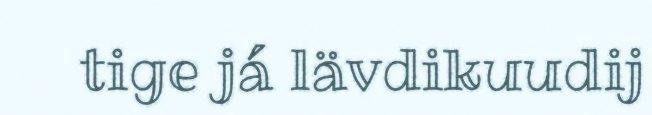
tige já lävdikuudij